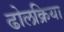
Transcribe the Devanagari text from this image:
ढोलक्रिया